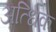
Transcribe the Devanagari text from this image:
अत्धिक